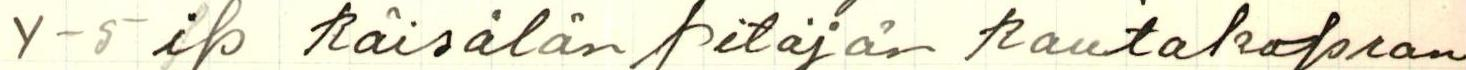
Y-5 ip Räisälän pitäjän Rautakopran